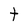
Character: t